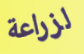
لزراعة